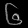
Digit: ၆